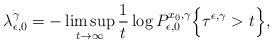
LaTeX: \begin{align*} \lambda_{\epsilon, 0}^{\gamma} = - \limsup_{t \rightarrow \infty} \frac{1}{t} \log P_{\epsilon,0}^{x_0,\gamma}\Bigl\{\tau^{\epsilon,\gamma} > t \Bigr\}, \end{align*}